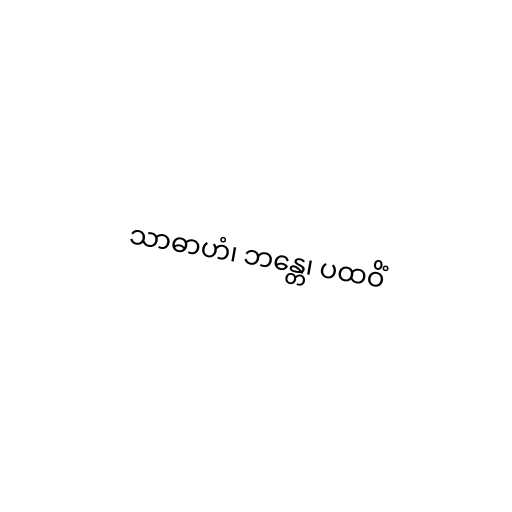
သာဓာဟံ၊ ဘန္တေ၊ ပထဝိံ